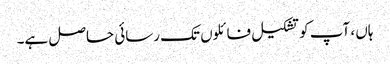
ہاں ، آپ کو تشکیل فائلوں تک رسائی حاصل ہے۔